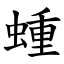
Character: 蝩